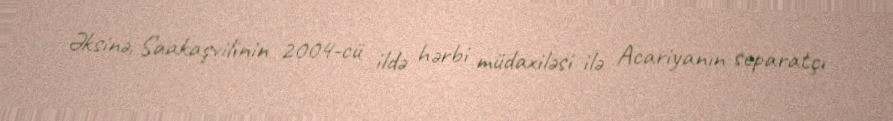
Əksinə, Saakaşvilinin 2004-cü ildə hərbi müdaxiləsi ilə Acariyanın separatçı